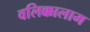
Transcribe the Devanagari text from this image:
वलिक्कालाम